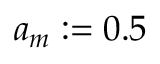
a _ { m } : = 0 . 5